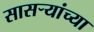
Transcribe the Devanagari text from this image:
सासऱ्यांच्या